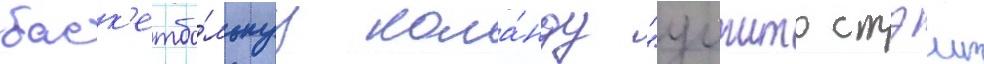
баск'етбо́льнуу кома́нду "уичито стэит